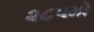
૨૮૫મો